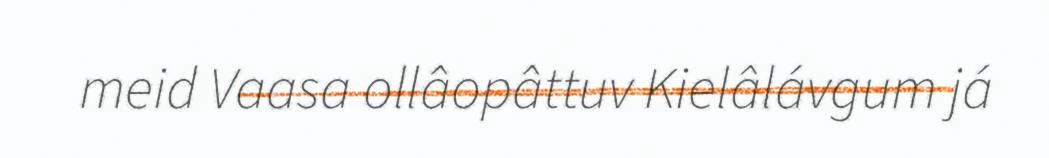
meid Vaasa ollâopâttuv Kielâlávgum já